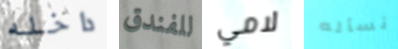
داخله للفندق لامي نسأله